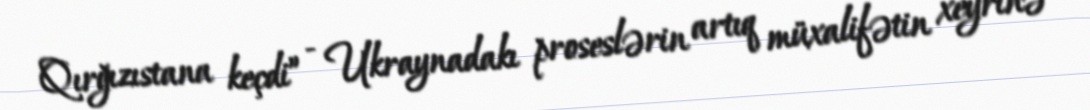
Qırğızıstana keçdi” - Ukraynadakı proseslərin artıq müxalifətin xeyrinə